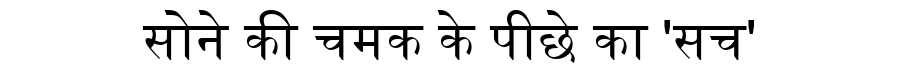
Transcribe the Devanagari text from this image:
सोने की चमक के पीछे का 'सच'